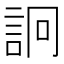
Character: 詗